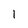
Character: l